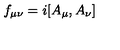
f _ { \mu \nu } = i [ A _ { \mu } , A _ { \nu } ]